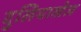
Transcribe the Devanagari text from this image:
दुलियाखेल